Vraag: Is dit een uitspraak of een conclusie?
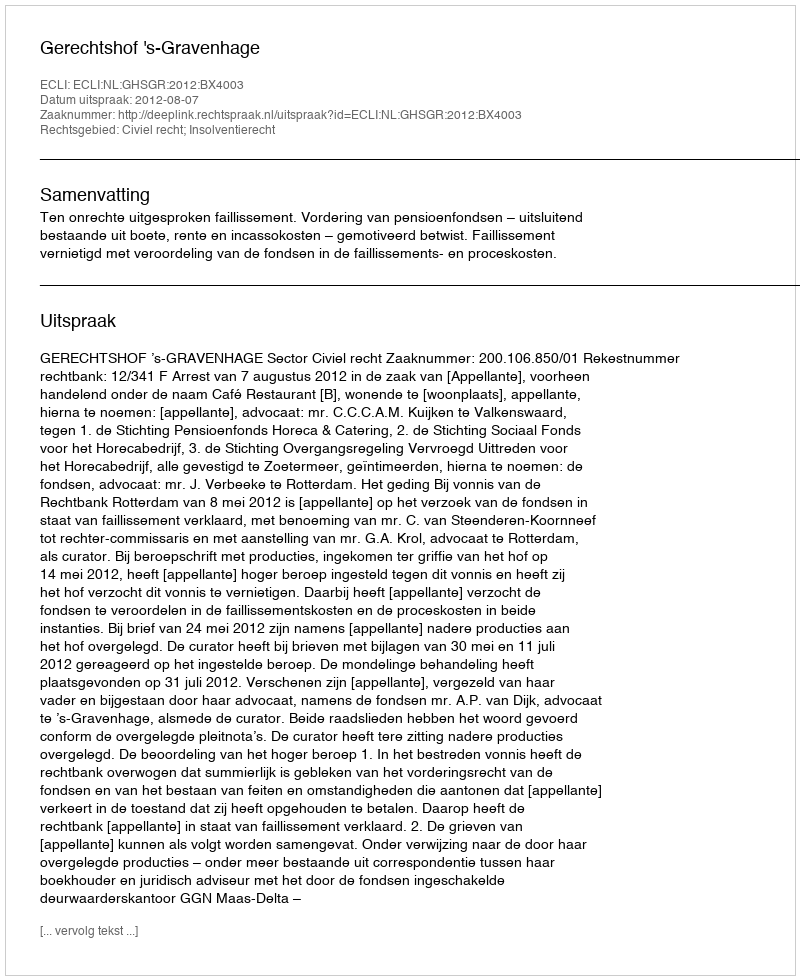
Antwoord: Uitspraak